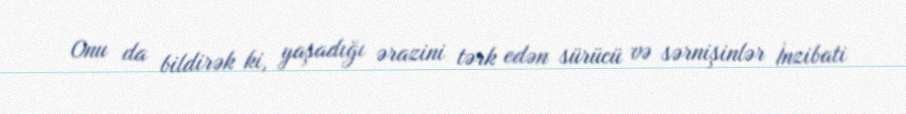
Onu da bildirək ki, yaşadığı ərazini tərk edən sürücü və sərnişinlər İnzibati